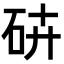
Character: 𥑾